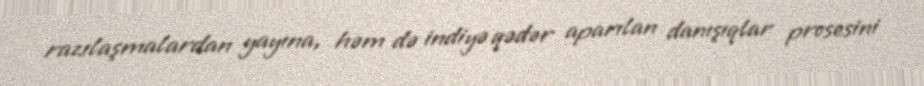
razılaşmalardan yayına, həm də indiyə qədər aparılan danışıqlar prosesini